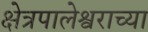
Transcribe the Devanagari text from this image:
क्षेत्रपालेश्वराच्या